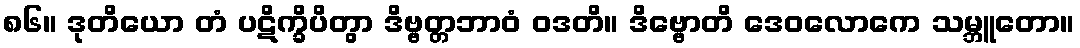
၈၆။ ဒုတိယော တံ ပဋိက္ခိပိတွာ ဒိဗ္ဗတ္တဘာဝံ ဝဒတိ။ ဒိဗ္ဗောတိ ဒေဝလောကေ သမ္ဘူတော။